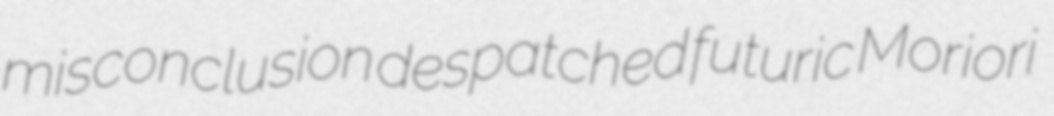
misconclusion despatched futuric Moriori